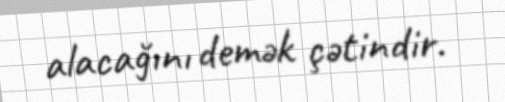
alacağını demək çətindir.